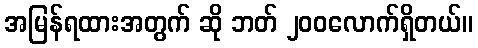
အမြန်ရထားအတွက် ဆို ဘတ် ၂၀၀လောက်ရှိတယ်။